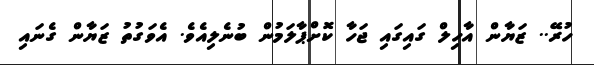
ހުރޭ.. ޒަޔާން އާހިލް ގައިގައި ޖަހާ ކޮށްޕާލަމުން ބުނެލިއެވެ. އެވަގުތު ޒަޔާން ގެނައި